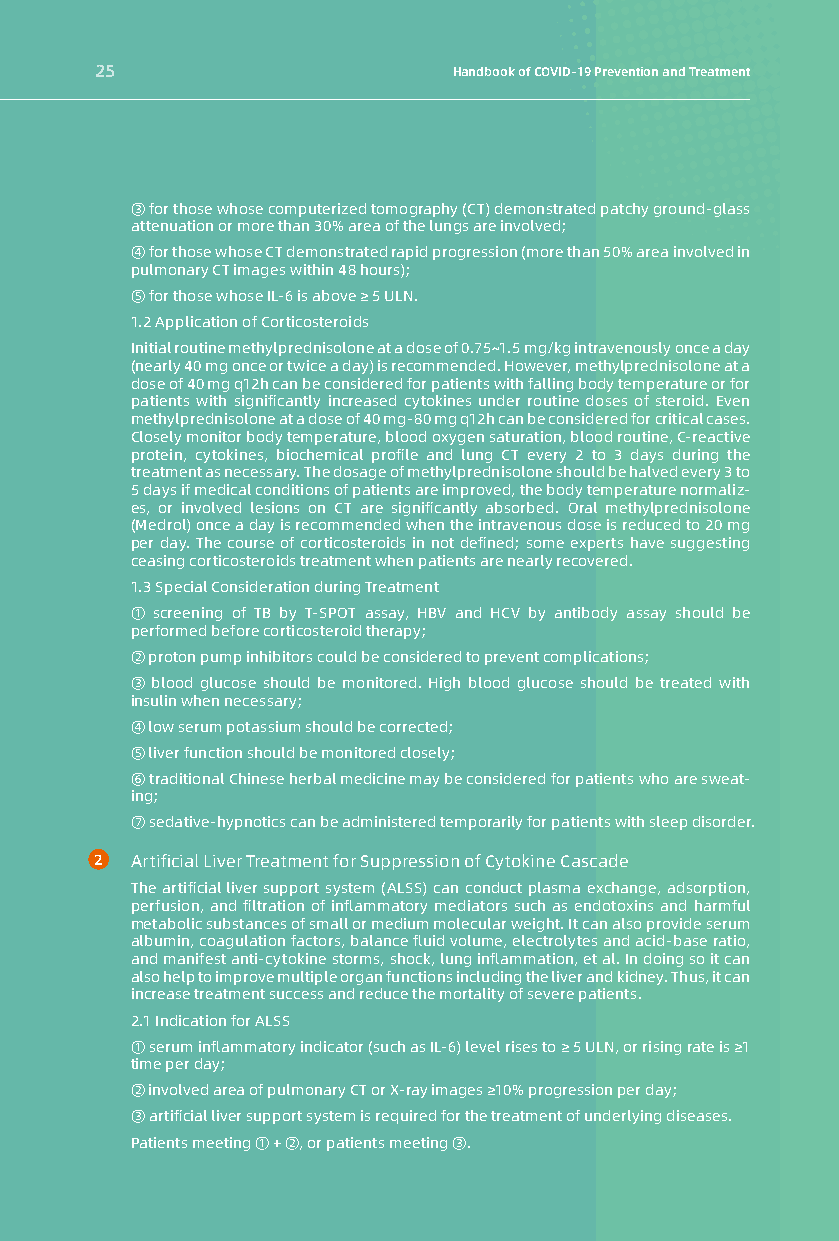
25                      Handbook of COVID-19 Prevention and Treatmen9t
 ③ for those whose computerized tomography (CT) demonstrated patchy ground-glass
 attenuation or more than 30% area of the lungs are involved;
 ④ for those whose CT demonstrated rapid progression (more than 50% area involved in
 pulmonary CT images within 48 hours);
 ⑤ for those whose IL-6 is above ≥ 5 ULN.
 1.2 Application of Corticosteroids
 Initial routine methylprednisolone at a dose of 0.75~1.5 mg/kg intravenously once a day
 (nearly 40 mg once or twice a day) is recommended. However, methylprednisolone at a
 dose of 40 mg q12h can be considered for patients with falling body temperature or for
 patients with significantly increased cytokines under routine doses of steroid. Even
 methylprednisolone at a dose of 40 mg-80 mg q12h can be considered for critical cases.
 Closely monitor body temperature, blood oxygen saturation, blood routine, C-reactive
 protein, cytokines, biochemical profile and lung CT every 2 to 3 days during the
 treatment as necessary. The dosage of methylprednisolone should be halved every 3 to
 5 days if medical conditions of patients are improved, the body temperature normaliz-
 es, or involved lesions on CT are significantly absorbed. Oral methylprednisolone
 (Medrol) once a day is recommended when the intravenous dose is reduced to 20 mg
 per day. The course of corticosteroids in not defined; some experts have suggesting
 ceasing corticosteroids treatment when patients are nearly recovered.
 1.3 Special Consideration during Treatment
 ① screening of TB by T-SPOT assay, HBV and HCV by antibody assay should be
 performed before corticosteroid therapy;
 ② proton pump inhibitors could be considered to prevent complications;
 ③ blood glucose should be monitored. High blood glucose should be treated with
 insulin when necessary;
 ④ low serum potassium should be corrected;
 ⑤ liver function should be monitored closely;
 ⑥ traditional Chinese herbal medicine may be considered for patients who are sweat-
 ing;
 ⑦ sedative-hypnotics can be administered temporarily for patients with sleep disorder.
 2  Artificial Liver Treatment for Suppression of Cytokine Cascade
 The artificial liver support system (ALSS) can conduct plasma exchange, adsorption,
 perfusion, and filtration of inflammatory mediators such as endotoxins and harmful
 metabolic substances of small or medium molecular weight. It can also provide serum
 albumin, coagulation factors, balance fluid volume, electrolytes and acid-base ratio,
 and manifest anti-cytokine storms, shock, lung inflammation, et al. In doing so it can
 also help to improve multiple organ functions including the liver and kidney. Thus, it can
 increase treatment success and reduce the mortality of severe patients.
 2.1 Indication for ALSS
 ① serum inflammatory indicator (such as IL-6) level rises to ≥ 5 ULN, or rising rate is ≥1
 time per day;
 ② involved area of pulmonary CT or X-ray images ≥10% progression per day;
 ③ artificial liver support system is required for the treatment of underlying diseases.
 Patients meeting ① + ②, or patients meeting ③.